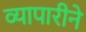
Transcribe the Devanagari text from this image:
व्यापारीने